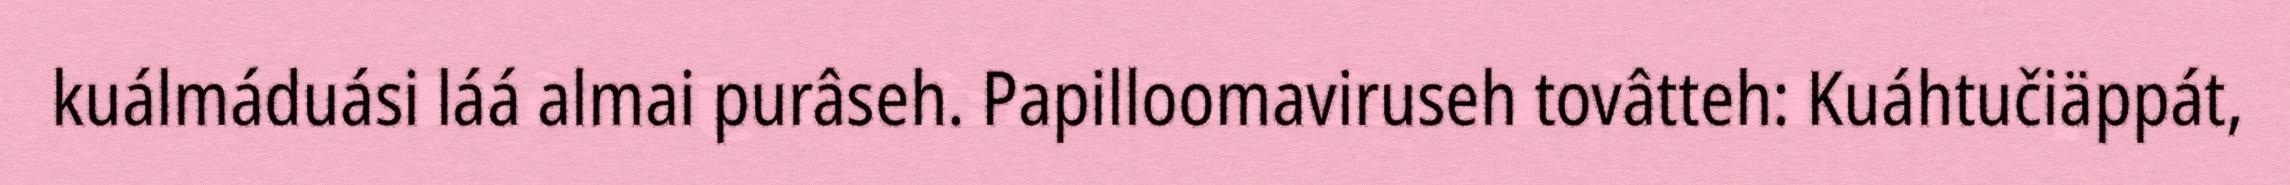
kuálmáduási láá almai purâseh. Papilloomaviruseh tovâtteh: Kuáhtučiäppát,